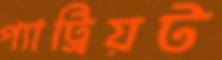
প্যাট্রিয়ট